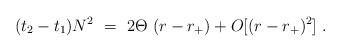
LaTeX: \begin{align*}(t_2-t_1) N^2~=~2\Theta~(r-r_+) + O [(r-r_+)^2]~.\end{align*}